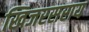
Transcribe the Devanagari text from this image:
खिजरसराय